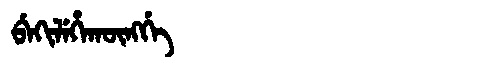
Manchu: ᠪᡝᡴᡳᠯᡝᡥᠠᡴᡡᠩᡤᡝ
Romanization: BEKILEHAKŪNGGE